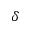
\delta